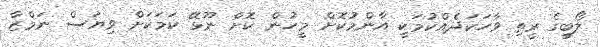
ލޯބީގެ ރީތި ވާހަކަދެއްކުމަކީ އާންމުކޮށް މީހުން ކޮށް ނޫޅޭ ކަމަކަށް ވިޔަސް ނަމްޒާ